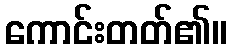
ကောင်းတတ်၏။